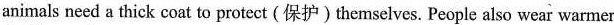
animals need a thick coat to protect (保护)themselves. People also wear warmer